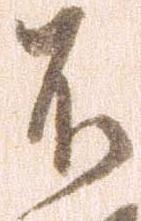
不